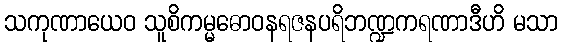
သကုဏာယေဝ သူစိကမ္မဓောဝနရဇနပရိဘဏ္ဍကရဏာဒီဟိ မသာ